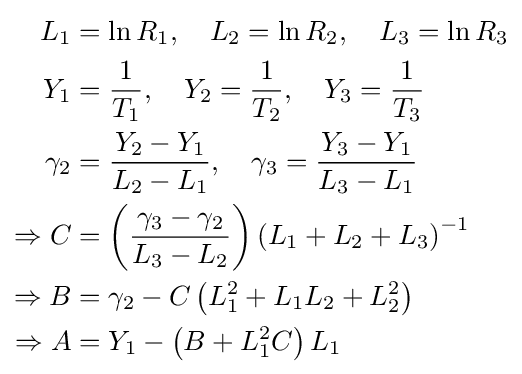
{\begin{aligned}L_{1}&=\ln R_{1},\quad L_{2}=\ln R_{2},\quad L_{3}=\ln R_{3}\\Y_{1}&={\frac {1}{T_{1}}},\quad Y_{2}={\frac {1}{T_{2}}},\quad Y_{3}={\frac {1}{T_{3}}}\\\gamma _{2}&={\frac {Y_{2}-Y_{1}}{L_{2}-L_{1}}},\quad \gamma _{3}={\frac {Y_{3}-Y_{1}}{L_{3}-L_{1}}}\\\Rightarrow C&=\left({\frac {\gamma _{3}-\gamma _{2}}{L_{3}-L_{2}}}\right)\left(L_{1}+L_{2}+L_{3}\right)^{-1}\\\Rightarrow B&=\gamma _{2}-C\left(L_{1}^{2}+L_{1}L_{2}+L_{2}^{2}\right)\\\Rightarrow A&=Y_{1}-\left(B+L_{1}^{2}C\right)L_{1}\end{aligned}}